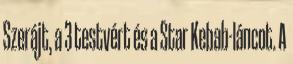
Szerájt, a 3 testvért és a Star Kebab-láncot. A